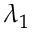
\lambda _ { 1 }